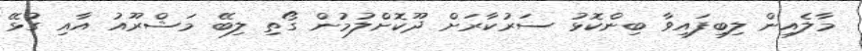
މާލެއިން ލިބިފައިވާ ބިންކޮޅު ސަރުކާރަށް ދޫކޮށްލުމުން ގޯތި ލިބޭ މަޝްރޫއު އާއި ގުޅޭ